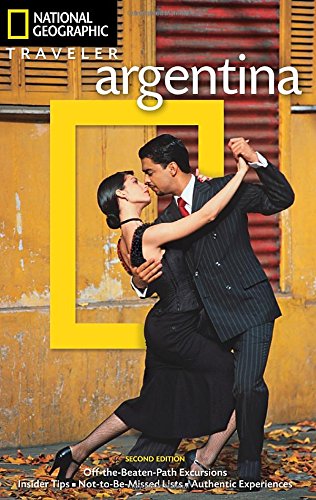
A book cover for National Geographic Traveler: Argentina, 2nd Edition; Wayne Bernhardson; Travel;